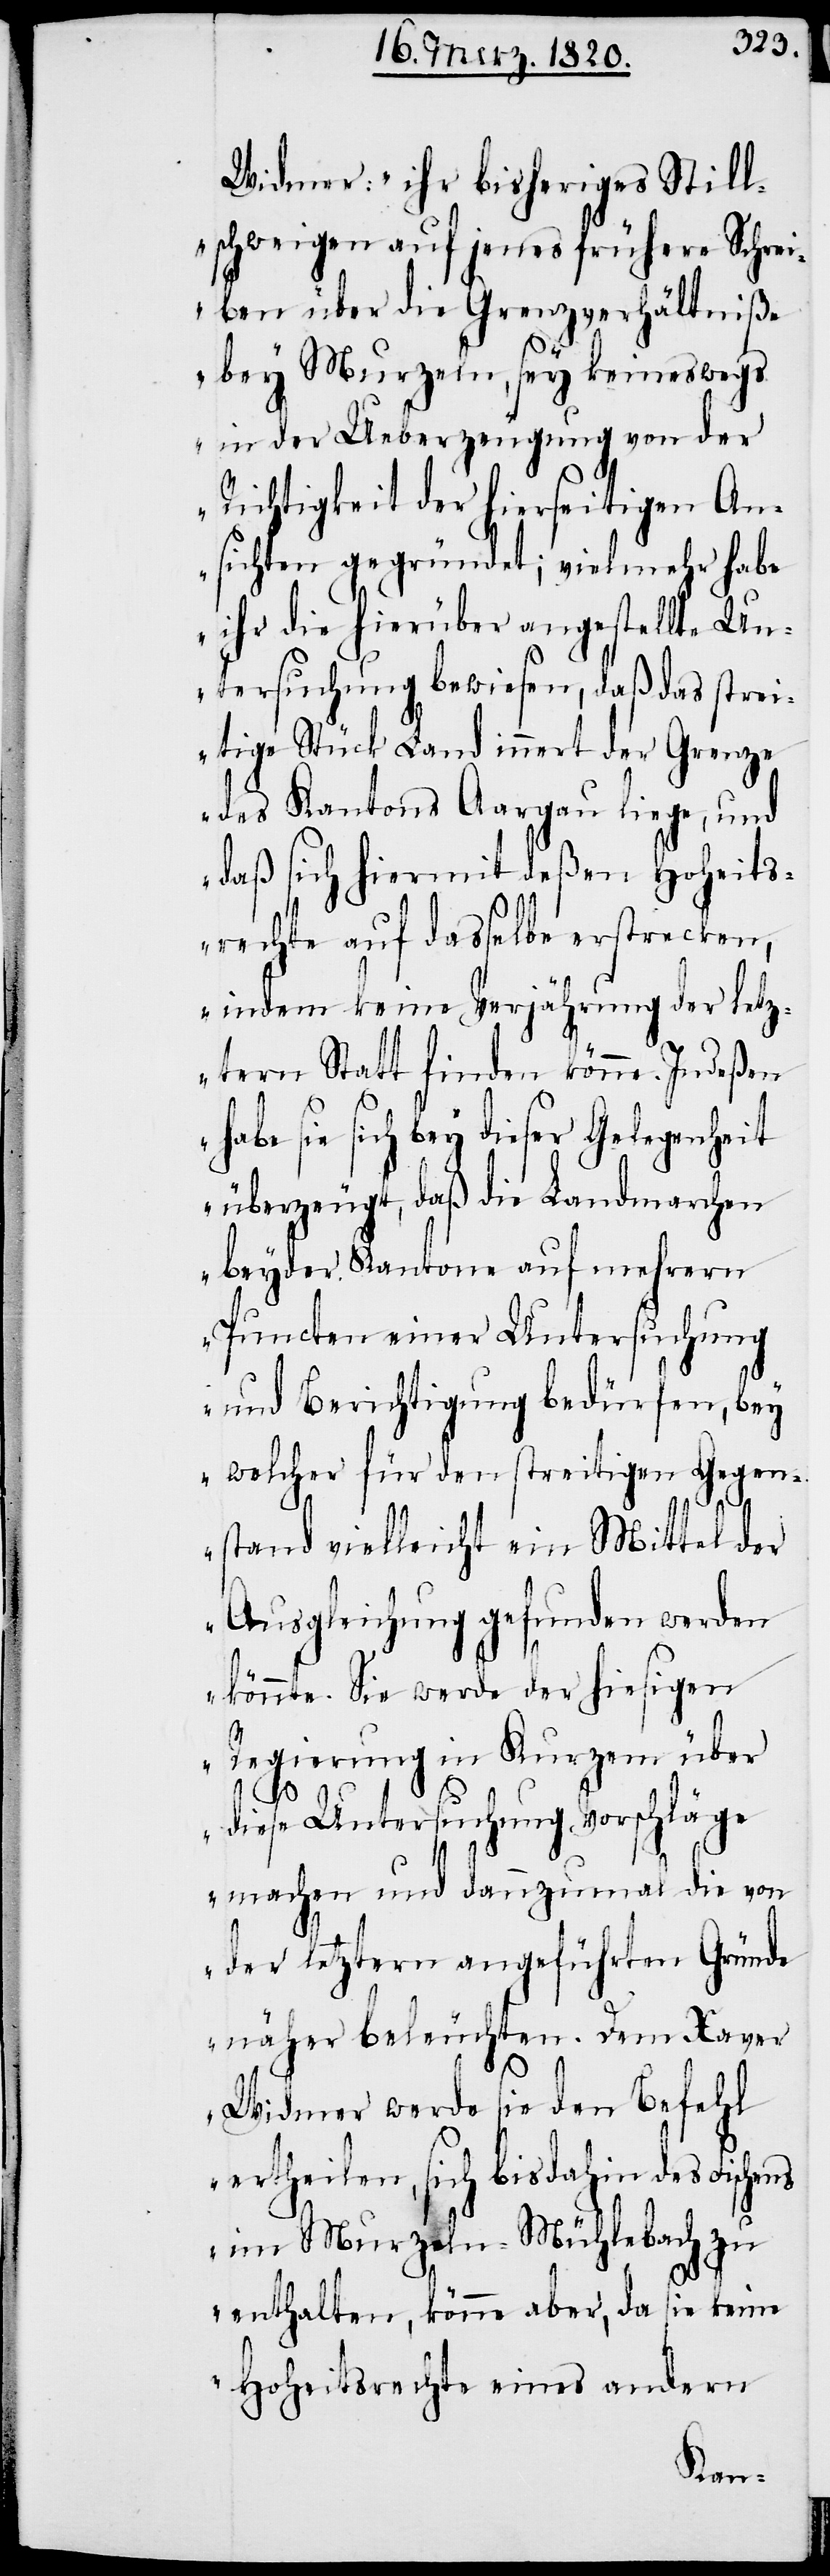
Widmer: „ihr bisheriges Still¬
schweigen auf jenes frühere Schrei¬
ben über die Grenzverhältniße
bey Murzeln, sey keineswegs
in der Ueberzeugung von der
Richtigkeit der hierseitigen An¬
sichten gegründet; viel mehr habe
ihr die hierüber angestellte Un¬
tersuchung bewiesen, daß das strei¬
tige Stück Land innert der Grenze
des Kantons Aargau liege, und
daß sich hiermit deßen Hoheits¬
rechte auf dasselbe erstrecken,
indem keine Verjährung der letz¬
tern Statt finden könne. Indeßen
habe sie sich bey dieser Gelegenheit
überzeugt, daß die Landmarchen
beyder Kantone auf mehrern
Puncten einer Untersuchung
und Berichtigung bedürfen, bey
welcher für den streitigen Gegen¬
stand vielleicht ein Mittel der
Ausgleichung gefunden werden
könnte. Sie werde der hiesigen
Regierung in Kurzem über
diese Untersuchung Vorschläge
machen und dannzumal die von
der letztern angeführten Gründe
näher beleuchten. Dem Xaver
Widmer werde sie den Befehl
ertheilen, sich bis dahin des Fische¬
ns im Murzeln-Mühlebach zu
enthalten, könne aber, da sie keine
Hoheitsrechte eines andern